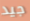
جيد